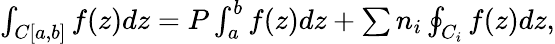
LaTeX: \begin{array}{r}{\int_{C[a,b]}f(z)dz=P\int_{a}^{b}f(z)dz+\sum n_{i}\oint_{C_{i}}f(z)dz,}\end{array}